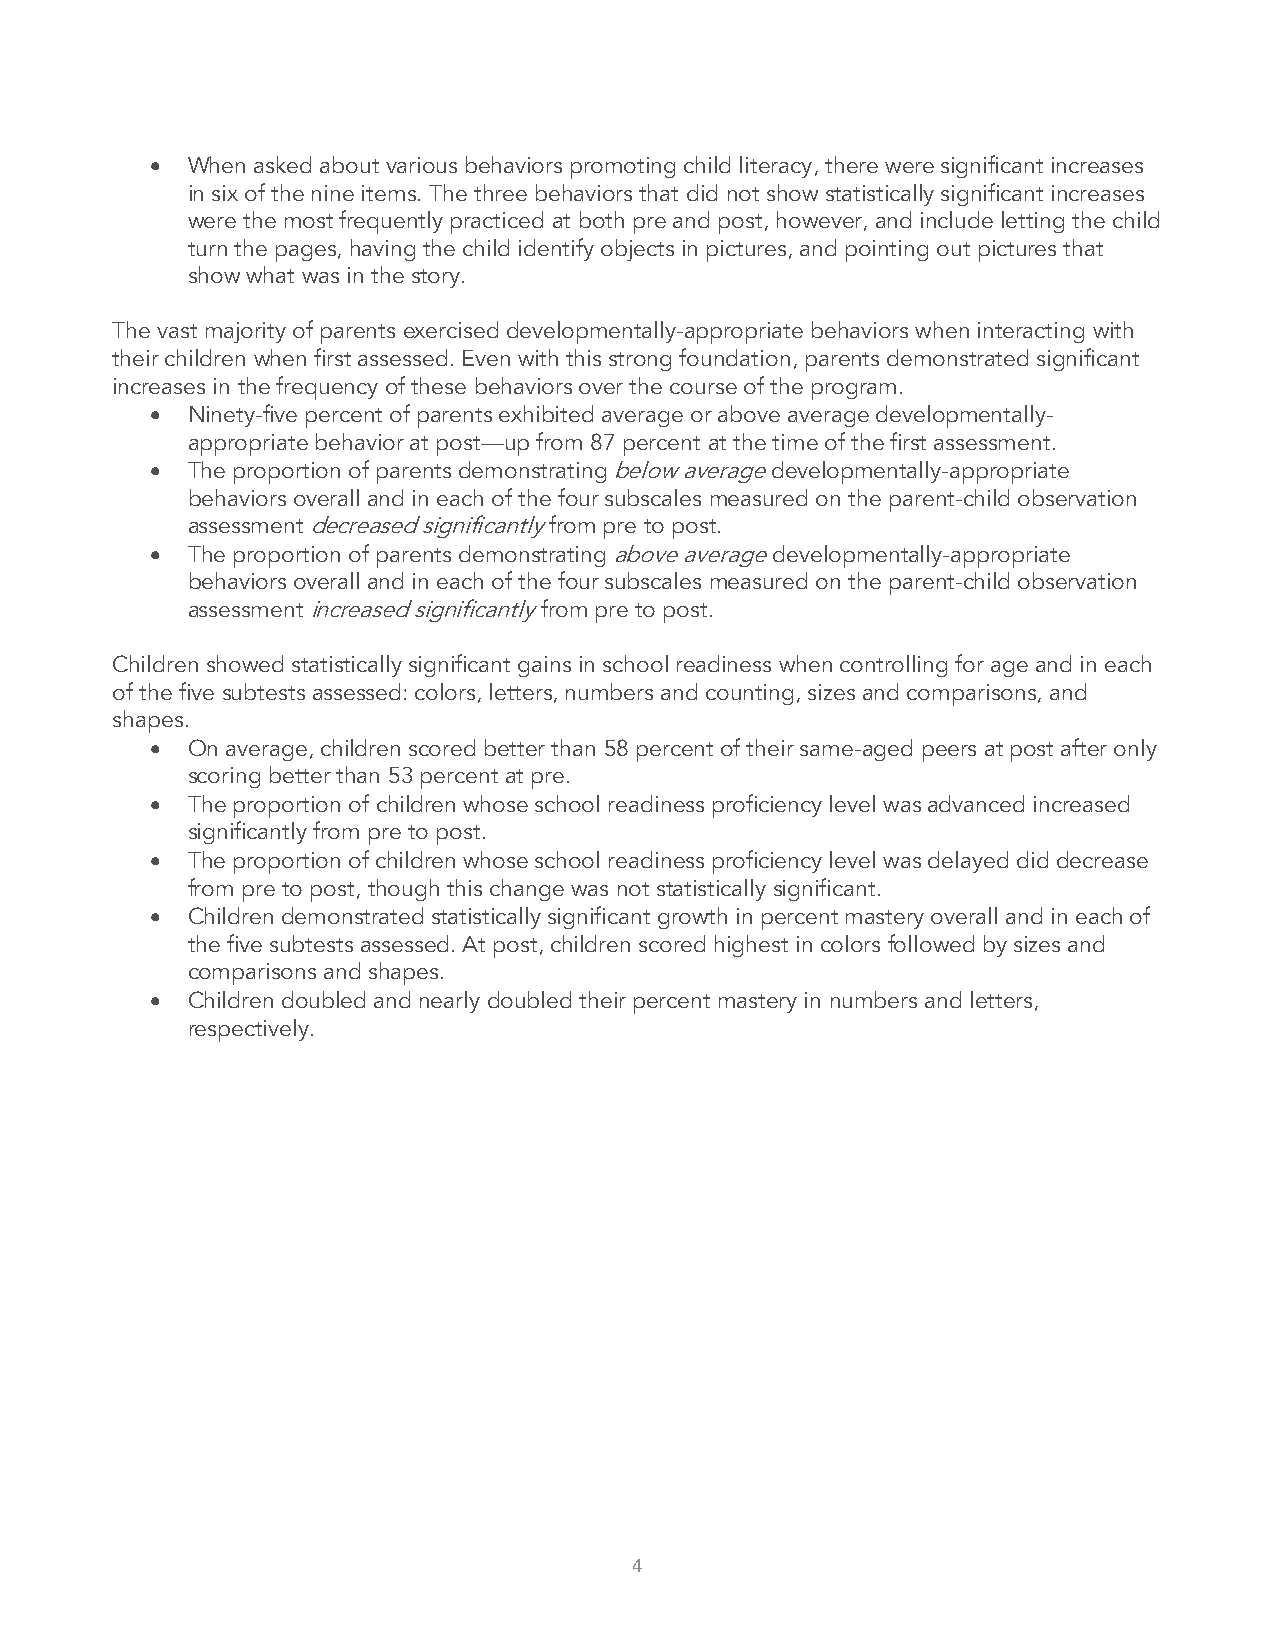
• When asked about various behaviors promoting child literacy, there were significant increases
 in six of the nine items. The three behaviors that did not show statistically significant increases
 were the most frequently practiced at both pre and post, however, and include letting the child
 turn the pages, having the child identify objects in pictures, and pointing out pictures that
 show what was in the story.
 The vast majority of parents exercised developmentally-appropriate behaviors when interacting with
 their children when first assessed. Even with this strong foundation, parents demonstrated significant
 increases in the frequency of these behaviors over the course of the program.
 • Ninety-five percent of parents exhibited average or above average developmentally-
 appropriate behavior at post—up from 87 percent at the time of the first assessment.
 • The proportion of parents demonstrating below average developmentally-appropriate
 behaviors overall and in each of the four subscales measured on the parent-child observation
 assessment decreased significantly from pre to post.
 • The proportion of parents demonstrating above average developmentally-appropriate
 behaviors overall and in each of the four subscales measured on the parent-child observation
 assessment increased significantly from pre to post.
 Children showed statistically significant gains in school readiness when controlling for age and in each
 of the five subtests assessed: colors, letters, numbers and counting, sizes and comparisons, and
 shapes.
 • On average, children scored better than 58 percent of their same-aged peers at post after only
 scoring better than 53 percent at pre.
 • The proportion of children whose school readiness proficiency level was advanced increased
 significantly from pre to post.
 • The proportion of children whose school readiness proficiency level was delayed did decrease
 from pre to post, though this change was not statistically significant.
 • Children demonstrated statistically significant growth in percent mastery overall and in each of
 the five subtests assessed. At post, children scored highest in colors followed by sizes and
 comparisons and shapes.
 • Children doubled and nearly doubled their percent mastery in numbers and letters,
 respectively.
 4